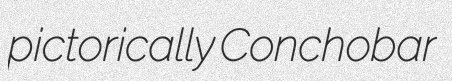
pictorically Conchobar